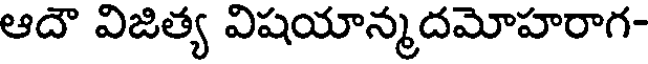
ఆదౌ విజిత్య విషయాన్మదమోహరాగ-